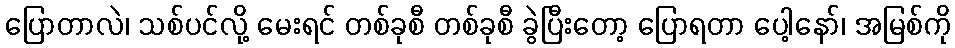
ပြောတာလဲ၊ သစ်ပင်လို့ မေးရင် တစ်ခုစီ တစ်ခုစီ ခွဲပြီးတော့ ပြောရတာ ပေါ့နော်၊ အမြစ်ကို